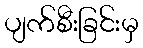
ပျက်စီးခြင်းမှ